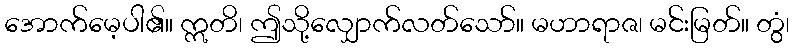
အောက်မေ့ပါ၏။ ဣတိ၊ ဤသို့လျှောက်လတ်သော်။ မဟာရာဇ၊ မင်းမြတ်။ တွံ၊